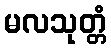
မလသုတ္တံ